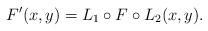
LaTeX: \begin{align*}F'(x,y) = L_1 \circ F \circ L_2(x,y).\end{align*}